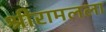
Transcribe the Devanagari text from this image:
श्रीरामलला